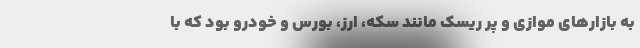
به بازارهای موازی و پر ریسک مانند سکه، ارز، بورس و خودرو بود که با